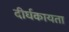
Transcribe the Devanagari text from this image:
दीर्घकायता